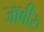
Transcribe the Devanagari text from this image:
जाबीरु